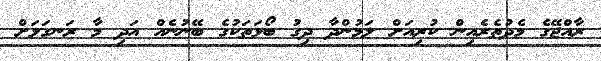
ރާއްޖޭގެ މެދުތެރެއިން ކުރިއަށް ލަމުންދާ ދިގު ބޯޅަތަކުގެ ބޭނުނެއް އަދި މާ ރަނގަޅަށް